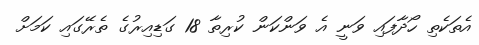
އެތަކެތި ހޯދާފައި ވަނީ އެ ވަންކަން ކުރިތާ 18 ގަޑިއިރުގެ ތެރޭގައި ކަމަށް